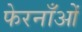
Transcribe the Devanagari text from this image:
फेरनाँओं